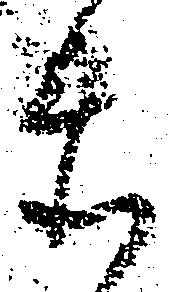
忝